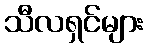
သီလရှင်များ